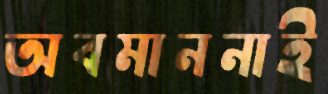
অবমাননাই